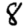
Digit: 8